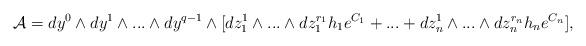
LaTeX: \begin{align*}{\cal A} =dy^{0}\wedge dy^{1}\wedge ...\wedge dy^{q-1}\wedge[dz^{1}_{1}\wedge...\wedge dz^{r_{1}}_{1}h_{1}e^{C_{1}}+...+dz^{1}_{n}\wedge...\wedge dz^{r_{n}}_{n}h_{n}e^{C_{n}}], \end{align*}